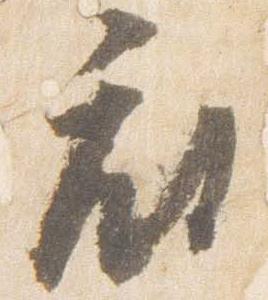
府